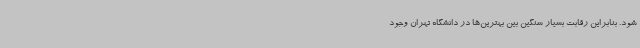
شود. بنابراین رقابت بسیار سنگین بین بهترین‌ها در دانشگاه تهران وجود